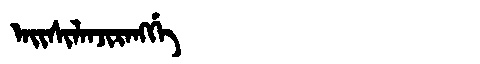
Manchu: ᠠᡳᠰᡳᠯᠠᠨᠵᡳᡵᠠᠩᡤᡝ
Romanization: AISILANJIRANGGE